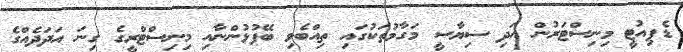
ޑެޕިއުޓީ މިނިސްޓަރުން އަދި ސިޔާސީ މަގާމުތަކުގައި ތިއްބެވި ބޭފުޅުންނާއި މިނިސްޓްރީގެ ގިނަ އަދަދެއްގެ